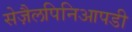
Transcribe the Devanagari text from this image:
सेज़ैलपिनिआपडी